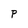
Character: P